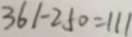
3 6 1 - 2 5 0 = 1 1 1